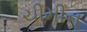
ચીમીન